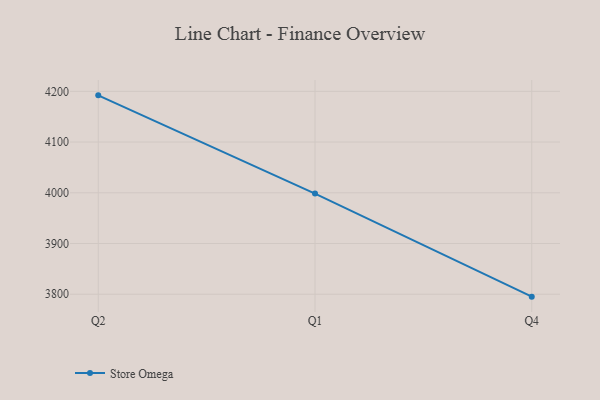
{"axis": {"x": "Quarter", "y": "Latency (ms)"}, "legend": ["Store Omega"], "data": [{"x": "Q2", "y": 4192.1, "type": "Store Omega"}, {"x": "Q1", "y": 3998.4, "type": "Store Omega"}, {"x": "Q4", "y": 3795.2, "type": "Store Omega"}]}